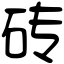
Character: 砖